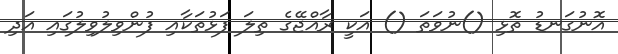
އޮނުގަނޑު ތޮޅި ()ނުވަތަ () އަކީ ރާއްޖޭގެ ތިލަ ފަޅުތަކާއި ފުންވިލުވިލުގައި އަދި